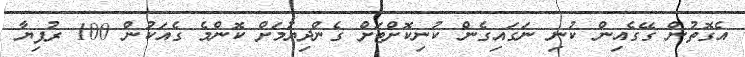
އެގޮތުން ގޭގެއިން ކުނި ނަގައިގެން ކުނިކޮށްޓަށް ގެންދިޔުމަށް ކޮންމެ ގެއަކުން 100 ރުފިޔާ